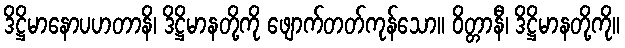
ဒိဋ္ဌိမာနောပဟတာနိ၊ ဒိဋ္ဌိမာနတို့ကို ဖျောက်တတ်ကုန်သော။ ဝိတ္တာနီ၊ ဒိဋ္ဌိမာနတို့ကို။